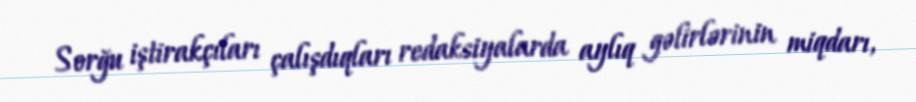
Sorğu iştirakçıları çalışdıqları redaksiyalarda aylıq gəlirlərinin miqdarı,